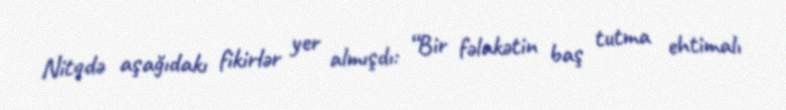
Nitqdə aşağıdakı fikirlər yer almışdı: “Bir fəlakətin baş tutma ehtimalı